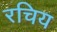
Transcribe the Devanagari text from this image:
रचिय